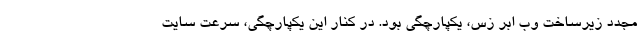
مجدد زیرساخت وب ابر زس، یکپارچگی بود. در کنار این یکپارچگی، سرعت سایت